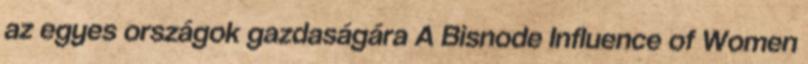
az egyes országok gazdaságára A Bisnode Influence of Women